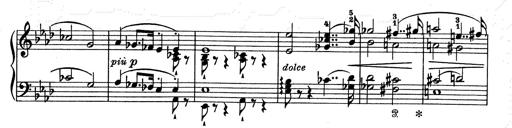
Title: Aus Lohengrin
Composer: Franz Liszt